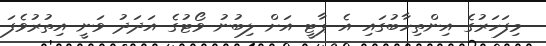
މިފަހަރުގެ އިންތިހާބުގައި އެ ޕާޓީ އަށް ލިބުނު ވޯޓުގެ އަދަދު ވަނީ އިތުރުވެފަ